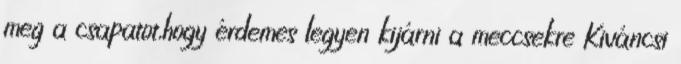
meg a csapatot,hogy érdemes legyen kijárni a meccsekre Kiváncsi